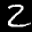
Label: 2